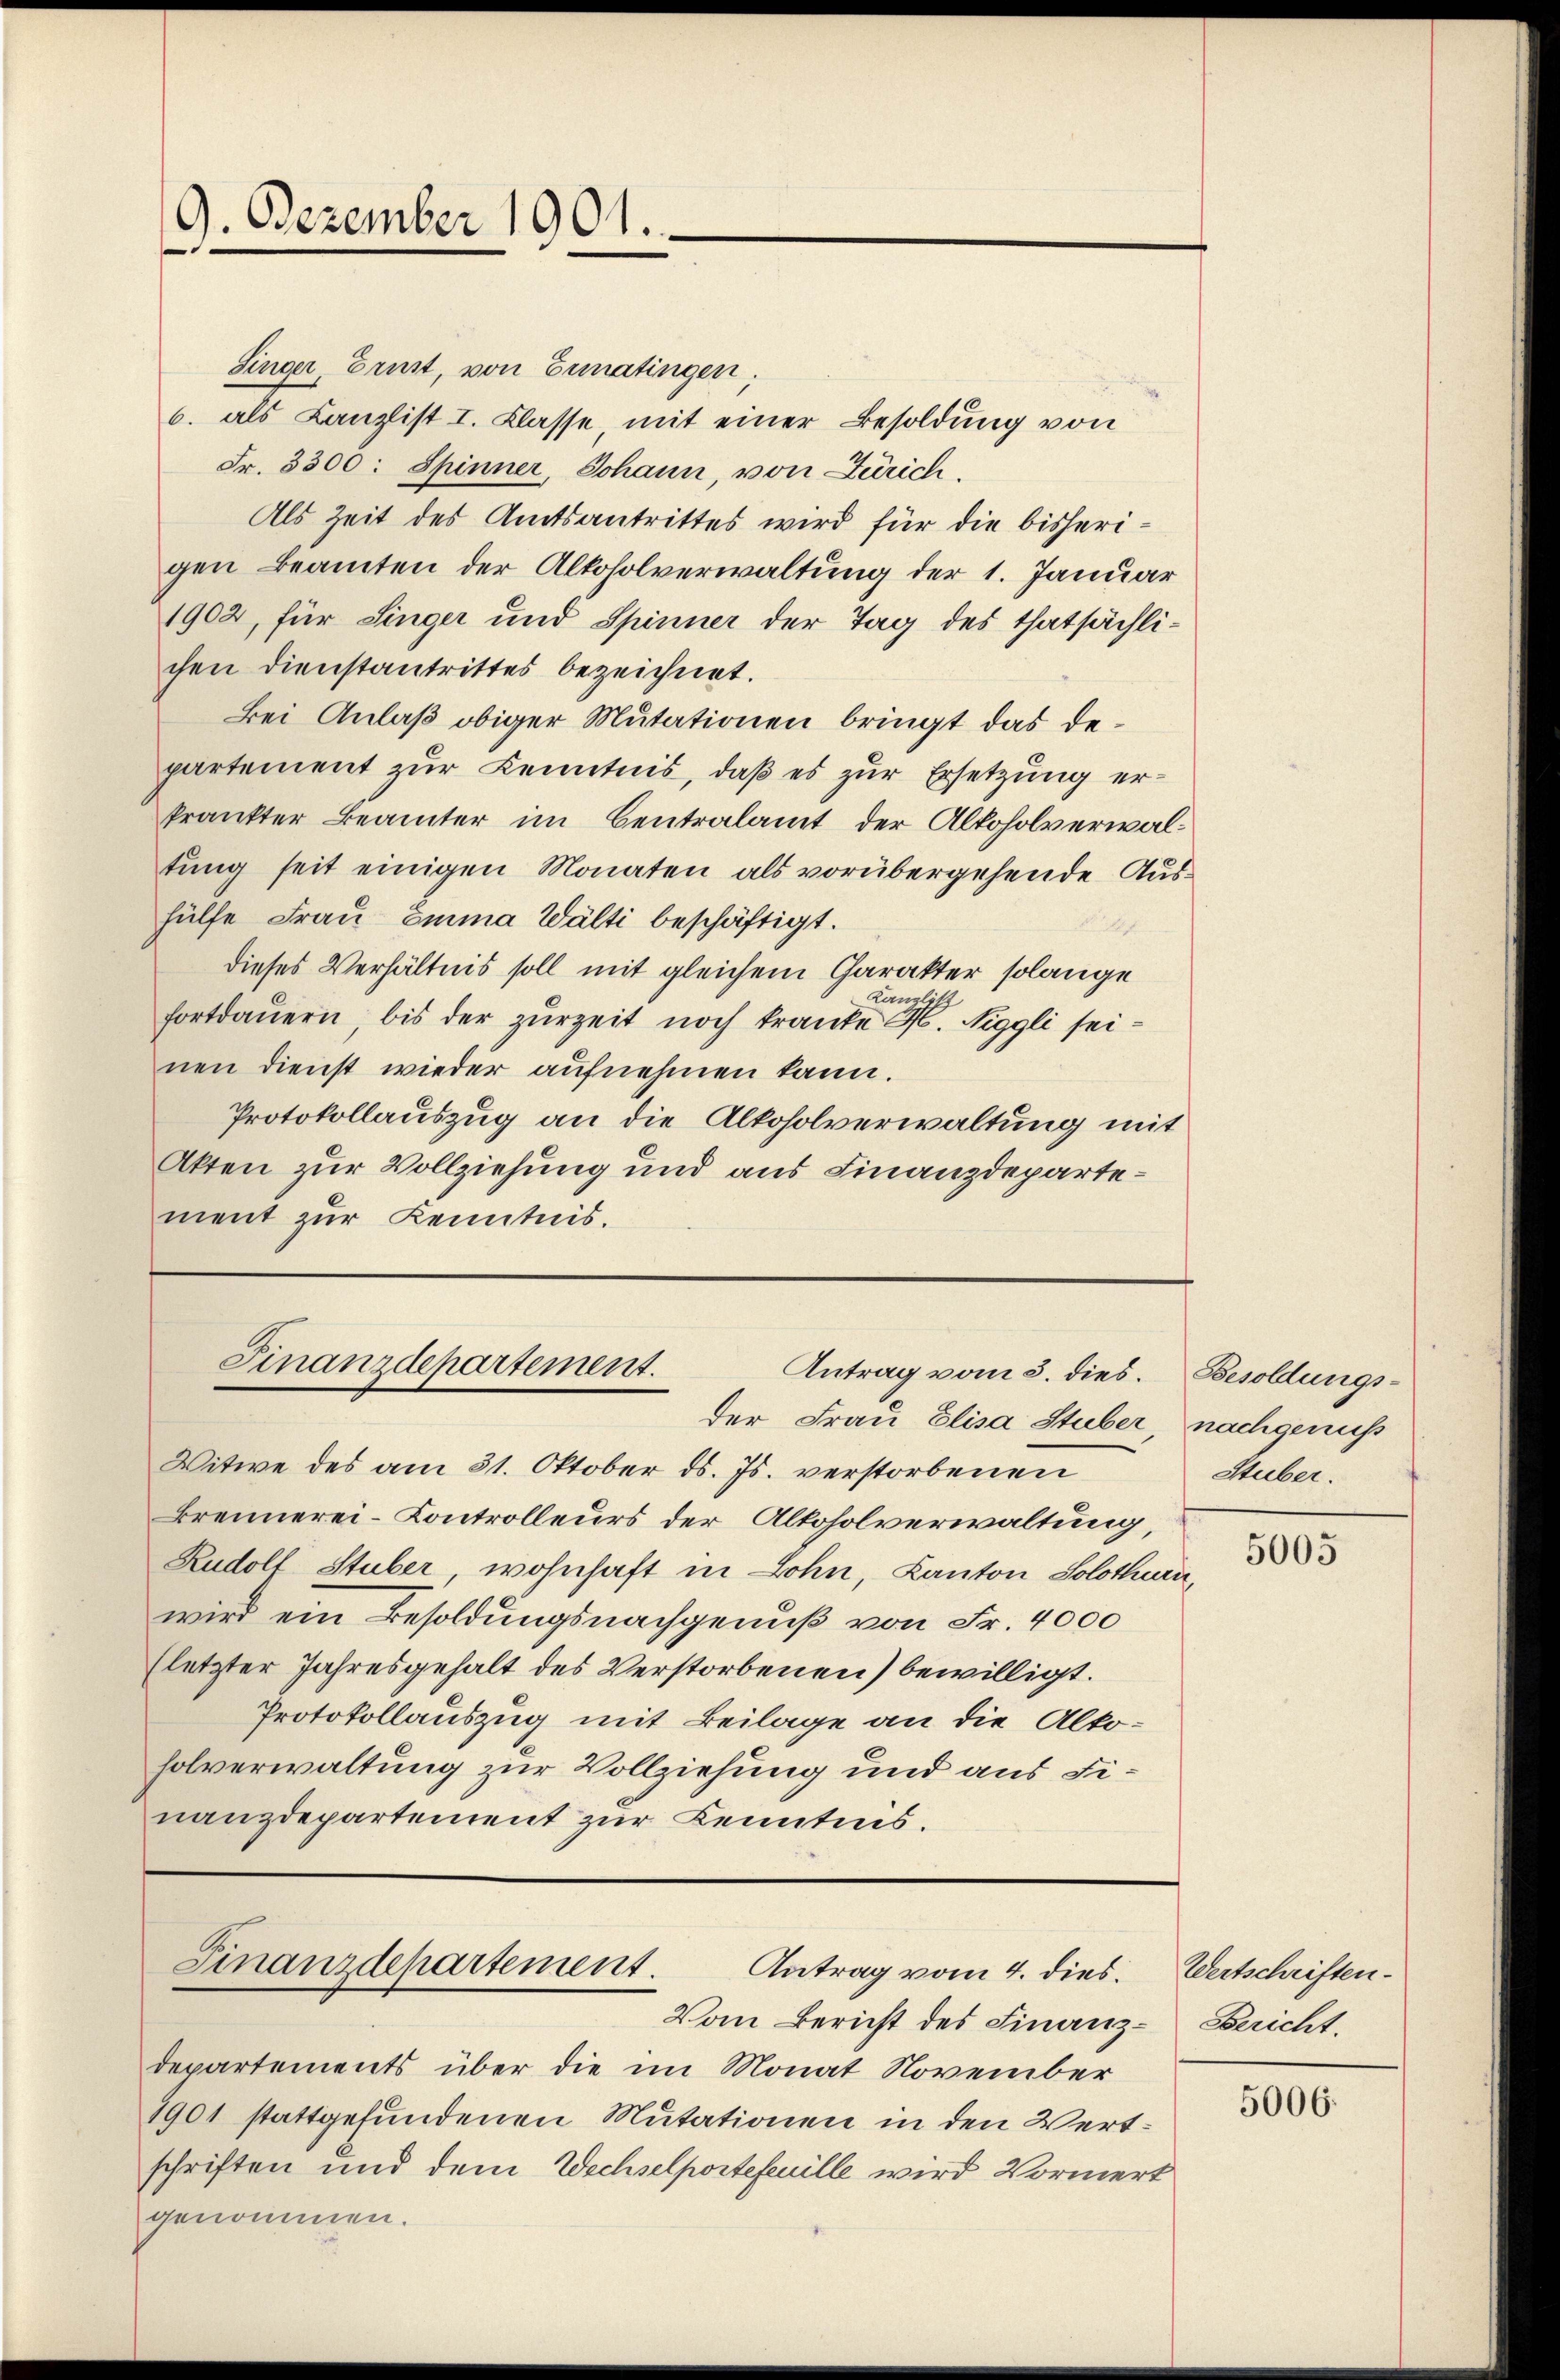
9. Dezember 1901.

Singer, Ernst, von Ermatingen;
6. als Kanzlist I. Klasse, mit einer Besoldung von
Fr. 3300: Spinner, Johann, von Zürich,
Als Zeit des Amtsantrittes wird für die bisherigen Beamten der Alkoholverwaltung der 1. Januar
1902, für Singer und Spinner der Tag des thatsächlichen Dienstantrittes bezeichnet.
Bei Anlaß obiger Mutationen bringt das departement zur Kenntnis, daß es zur Ersetzung erkrankter Beamter im Centralamt der Alkoholverwaltung seit einigen Monaten als vorübergehende Aushülfe Frau Emma Wälti beschäftigt.

dieses Verhältnis soll mit gleichem Charakter solange
Kanzlit
fortdauern, bis der zurzeit noch tranke H. Niggli seinen dienst wieder aufnehmen kann.
Protokollauszug an die Alkoholverwaltung mit
Akten zur Vollziehung und aus Finanzdepartement zur Kenntnis.

Finanzdepartement.
Antrag vom 3. dies.

der Frau Elisa Stuber,
Witwe des am 31. Oktober ds. Js. verstorbenen
Brennerei-Controlleurs der Altoholverwaltung,
Rudoll Stuber, wohnhaft in Lohn, Kanton Solothurn,
wird ein Besoldungsnachgenuß von Fr. 4000
(letzter Jahresgehalt des Verstorbenen) bewilligt.
Protokollauszug mit Beilage an die Alkoholverwaltung zur Vollziehung und aus Finanzdepartement zur Kenntnis.

Finanzdepartement.
Antrag vom 4. dies.
Vom Bericht des Finanz¬

departements über die im Monat November
1901 stattgefundenen Mutationen in den Wertschriften und dem Wechselportefeuille wird Vormerk
genommen.

Besoldungsnachgenuß
Stuber.

5005

Wertschriften.
Bericht.

5006